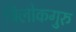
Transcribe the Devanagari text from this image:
त्रिलोकगुरु